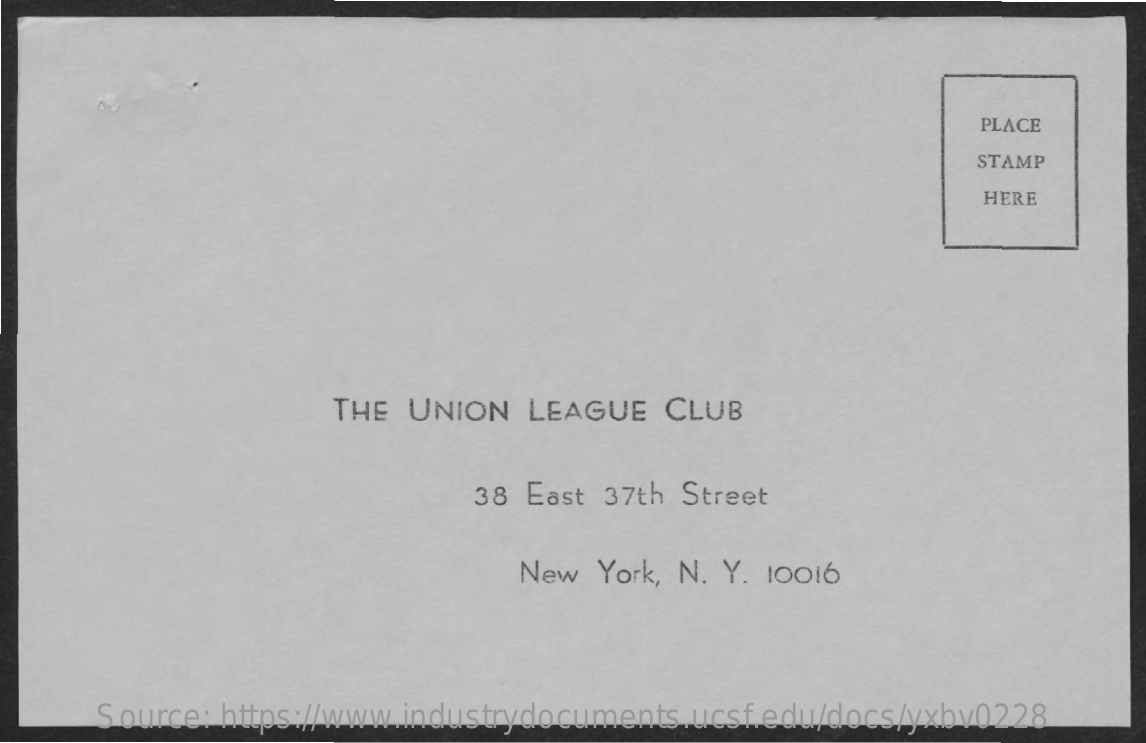
PLACE
     STAMP
     HERE
     THE UNION   LEAGUE  CLUB
     38 East 37th Street
     New York, N. Y. 10016
     Source: https://www.industrydocuments.ucsf.edu/docs/yxbv0228